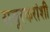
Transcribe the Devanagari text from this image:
राजूरकरांशी